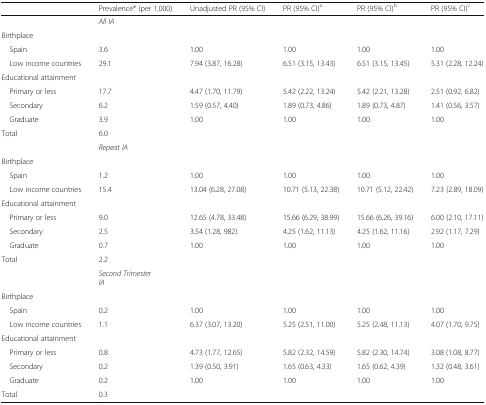
<table><thead><tr><td></td><td><b>Prevalence* (per 1,000)</b></td><td><b>Unadjusted PR (95% CI)</b></td><td><b>PR (95% CI)<sup>a</sup></b></td><td><b>PR (95% CI)<sup>b</sup></b></td><td><b>PR (95% CI)<sup>c</sup></b></td></tr></thead><tbody><tr><td></td><td colspan="5"><i>All IA</i></td></tr><tr><td colspan="6">Birthplace</td></tr><tr><td> Spain</td><td>3.6</td><td>1.00</td><td>1.00</td><td>1.00</td><td>1.00</td></tr><tr><td> Low income countries</td><td>29.1</td><td>7.94 (3.87, 16.28)</td><td>6.51 (3.15, 13.43)</td><td>6.51 (3.15, 13.45)</td><td>5.31 (2.28, 12.24)</td></tr><tr><td colspan="6">Educational attainment</td></tr><tr><td> Primary or less</td><td>17.7</td><td>4.47 (1.70, 11.79)</td><td>5.42 (2.22, 13.24)</td><td>5.42 (2.21, 13.28)</td><td>2.51 (0.92, 6.82)</td></tr><tr><td> Secondary</td><td>6.2</td><td>1.59 (0.57, 4.40)</td><td>1.89 (0.73, 4.86)</td><td>1.89 (0.73, 4.87)</td><td>1.41 (0.56, 3.57)</td></tr><tr><td> Graduate</td><td>3.9</td><td>1.00</td><td>1.00</td><td>1.00</td><td>1.00</td></tr><tr><td>Total</td><td>6.0</td><td></td><td></td><td></td><td></td></tr><tr><td></td><td colspan="5"><i>Repeat IA</i></td></tr><tr><td colspan="6">Birthplace</td></tr><tr><td> Spain</td><td>1.2</td><td>1.00</td><td>1.00</td><td>1.00</td><td>1.00</td></tr><tr><td> Low income countries</td><td>15.4</td><td>13.04 (6.28, 27.08)</td><td>10.71 (5.13, 22.38)</td><td>10.71 (5.12, 22.42)</td><td>7.23 (2.89, 18.09)</td></tr><tr><td colspan="6">Educational attainment</td></tr><tr><td> Primary or less</td><td>9.0</td><td>12.65 (4.78, 33.48)</td><td>15.66 (6.29, 38.99)</td><td>15.66 (6.26, 39.16)</td><td>6.00 (2.10, 17.11)</td></tr><tr><td> Secondary</td><td>2.5</td><td>3.54 (1.28, 982)</td><td>4.25 (1.62, 11.13)</td><td>4.25 (1.62, 11.16)</td><td>2.92 (1.17, 7.29)</td></tr><tr><td> Graduate</td><td>0.7</td><td>1.00</td><td>1.00</td><td>1.00</td><td>1.00</td></tr><tr><td>Total</td><td>2.2</td><td></td><td></td><td></td><td></td></tr><tr><td></td><td colspan="5"><i>Second Trimester IA</i></td></tr><tr><td colspan="6">Birthplace</td></tr><tr><td> Spain</td><td>0.2</td><td>1.00</td><td>1.00</td><td>1.00</td><td>1.00</td></tr><tr><td> Low income countries</td><td>1.1</td><td>6.37 (3.07, 13.20)</td><td>5.25 (2.51, 11.00)</td><td>5.25 (2.48, 11.13)</td><td>4.07 (1.70, 9.75)</td></tr><tr><td colspan="6">Educational attainment</td></tr><tr><td> Primary or less</td><td>0.8</td><td>4.73 (1.77, 12.65)</td><td>5.82 (2.32, 14.59)</td><td>5.82 (2.30, 14.74)</td><td>3.08 (1.08, 8.77)</td></tr><tr><td> Secondary</td><td>0.2</td><td>1.39 (0.50, 3.91)</td><td>1.65 (0.63, 4.33)</td><td>1.65 (0.62, 4.39)</td><td>1.32 (0.48, 3.61)</td></tr><tr><td> Graduate</td><td>0.2</td><td>1.00</td><td>1.00</td><td>1.00</td><td>1.00</td></tr><tr><td>Total</td><td>0.3</td><td></td><td></td><td></td><td></td></tr></tbody></table>